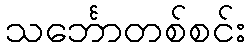
သင်္ဘောတစ်စင်း